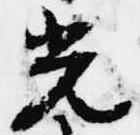
光